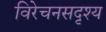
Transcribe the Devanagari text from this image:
विरेचनसदृश्य